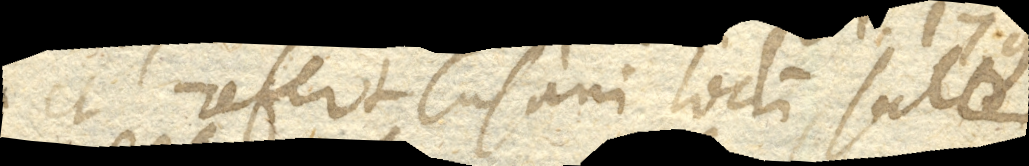
ubi et refert Cusani locum , saltem